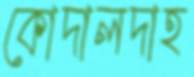
কোদালদাহ